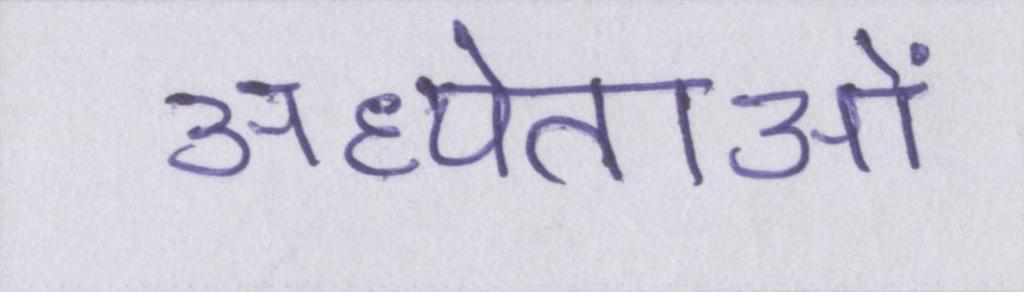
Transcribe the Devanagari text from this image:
अध्येताओं